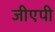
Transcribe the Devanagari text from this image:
जीएपी